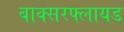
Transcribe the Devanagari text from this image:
बाक्सरफ्लायड